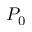
P _ { 0 }